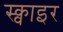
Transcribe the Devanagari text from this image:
स्क्वाइर